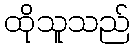
ထိုသူသည်